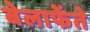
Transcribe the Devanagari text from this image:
बेलाफेंते